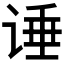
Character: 𰵶